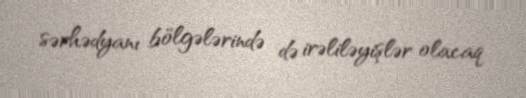
sərhədyanı bölgələrində də irəliləyişlər olacaq.